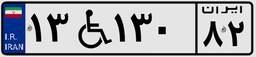
۱۳W۱۳۰۸۲